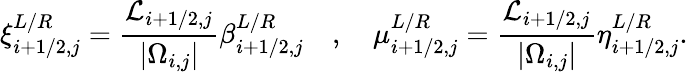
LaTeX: \xi_{i+1/2,j}^{L/R}=\frac{\mathcal{L}_{i+1/2,j}}{|\Omega_{i,j}|}\beta_{i+1/2,j}^{L/R}\quad,\quad\mu_{i+1/2,j}^{L/R}=\frac{\mathcal{L}_{i+1/2,j}}{|\Omega_{i,j}|}\eta_{i+1/2,j}^{L/R}.